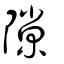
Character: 隙